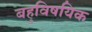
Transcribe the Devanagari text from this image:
बहुविषयिक